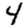
Digit: 4